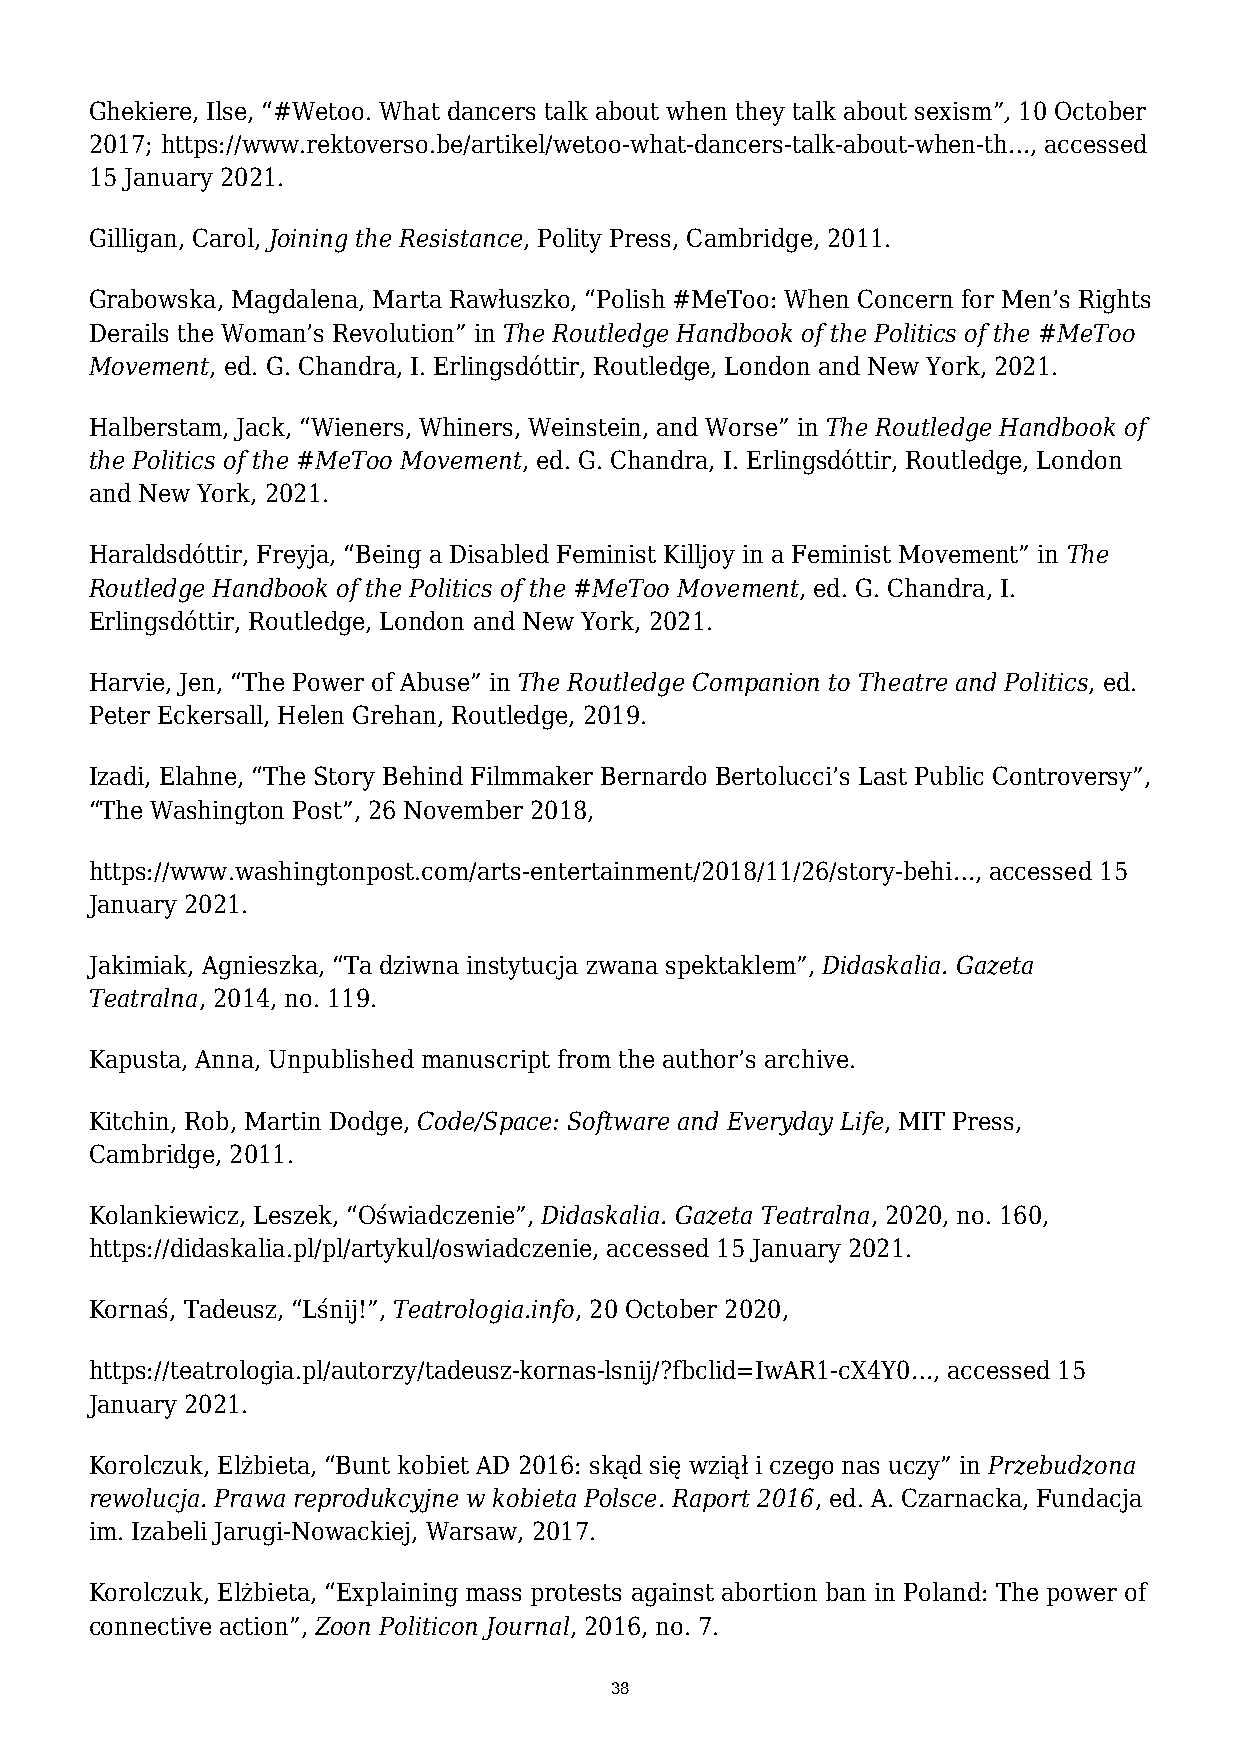
Ghekiere, Ilse, “#Wetoo. What dancers talk about when they talk about sexism”, 10 October
 2017; https://www.rektoverso.be/artikel/wetoo-what-dancers-talk-about-when-th…, accessed
 15 January 2021.
 Gilligan, Carol, Joining the Resistance, Polity Press, Cambridge, 2011.
 Grabowska, Magdalena, Marta Rawłuszko, “Polish #MeToo: When Concern for Men’s Rights
 Derails the Woman’s Revolution” in The Routledge Handbook of the Politics of the #MeToo
 Movement, ed. G. Chandra, I. Erlingsdóttir, Routledge, London and New York, 2021.
 Halberstam, Jack, “Wieners, Whiners, Weinstein, and Worse” in The Routledge Handbook of
 the Politics of the #MeToo Movement, ed. G. Chandra, I. Erlingsdóttir, Routledge, London
 and New York, 2021.
 Haraldsdóttir, Freyja, “Being a Disabled Feminist Killjoy in a Feminist Movement” in The
 Routledge Handbook of the Politics of the #MeToo Movement, ed. G. Chandra, I.
 Erlingsdóttir, Routledge, London and New York, 2021.
 Harvie, Jen, “The Power of Abuse” in The Routledge Companion to Theatre and Politics, ed.
 Peter Eckersall, Helen Grehan, Routledge, 2019.
 Izadi, Elahne, “The Story Behind Filmmaker Bernardo Bertolucci’s Last Public Controversy”,
 “The Washington Post”, 26 November 2018,
 https://www.washingtonpost.com/arts-entertainment/2018/11/26/story-behi…, accessed 15
 January 2021.
 Jakimiak, Agnieszka, “Ta dziwna instytucja zwana spektaklem”, Didaskalia. Gazeta
 Teatralna, 2014, no. 119.
 Kapusta, Anna, Unpublished manuscript from the author’s archive.
 Kitchin, Rob, Martin Dodge, Code/Space: Software and Everyday Life, MIT Press,
 Cambridge, 2011.
 Kolankiewicz, Leszek, “Oświadczenie”, Didaskalia. Gazeta Teatralna, 2020, no. 160,
 https://didaskalia.pl/pl/artykul/oswiadczenie, accessed 15 January 2021.
 Kornaś, Tadeusz, “Lśnij!”, Teatrologia.info, 20 October 2020,
 https://teatrologia.pl/autorzy/tadeusz-kornas-lsnij/?fbclid=IwAR1-cX4Y0…, accessed 15
 January 2021.
 Korolczuk, Elżbieta, “Bunt kobiet AD 2016: skąd się wziął i czego nas uczy” in Przebudzona
 rewolucja. Prawa reprodukcyjne w kobieta Polsce. Raport 2016, ed. A. Czarnacka, Fundacja
 im. Izabeli Jarugi-Nowackiej, Warsaw, 2017.
 Korolczuk, Elżbieta, “Explaining mass protests against abortion ban in Poland: The power of
 connective action”, Zoon Politicon Journal, 2016, no. 7.
 38